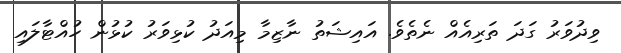
ވިދުވަރު ގަދަ ތަރިއެއް ނެތެވެ. އައިޝަތު ނާޒިމާ މިއަދު ކުޅިވަރު ކުޅުން ހުއްޓާލައި